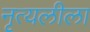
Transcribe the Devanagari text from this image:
नृत्यलीला